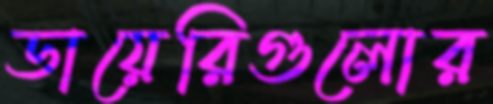
ডায়েরিগুলোর